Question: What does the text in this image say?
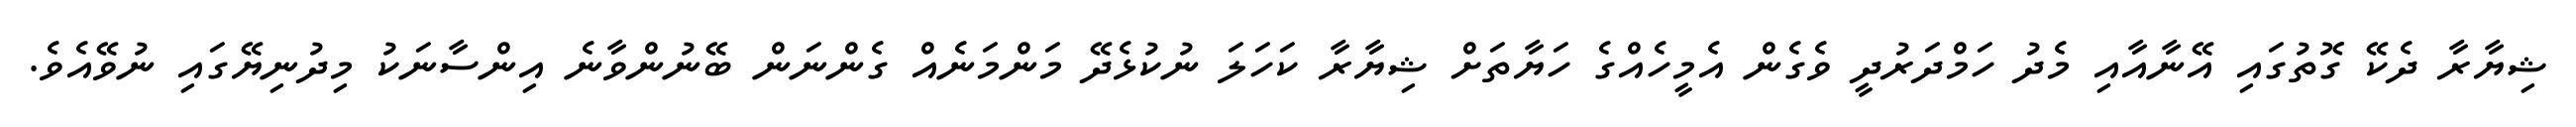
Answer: ޝިޔާރާ ދެކޭ ގޮތުގައި އޭނާއާއި މެދު ހަމްދަރުދީ ވެގެން އެމީހެއްގެ ހަޔާތަށް ޝިޔާރާ ކަހަލަ ނުކުޅެދޭ މަންމަނެއް ގެންނަން ބޭނުންވާނެ އިންސާނަކު މިދުނިޔޭގައި ނުވޭއެވެ.